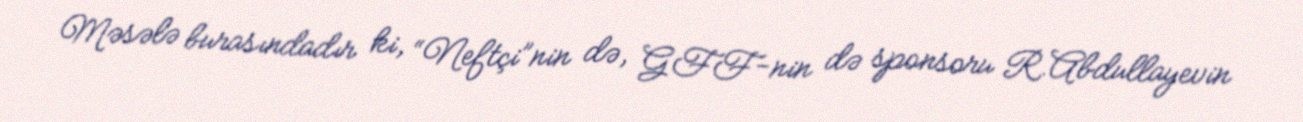
Məsələ burasındadır ki, “Neftçi”nin də, GFF-nin də sponsoru R.Abdullayevin